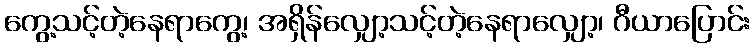
ကွေ့သင့်တဲ့နေရာကွေ့၊ အရှိန်လျှော့သင့်တဲ့နေရာလျှော့၊ ဂီယာပြောင်း